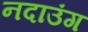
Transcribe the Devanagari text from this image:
नदाउंग